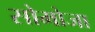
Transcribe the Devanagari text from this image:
सोमोजा